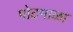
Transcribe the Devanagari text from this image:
पोटमाळा